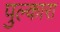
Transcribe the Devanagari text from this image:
पुल्कारा